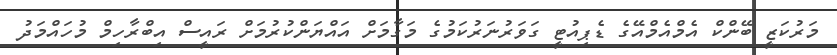
މަރުކަޒީ ބޭންކް އެމްއެމްއޭގެ ޑެޕިއުޓީ ގަވަރުނަރުކަމުގެ މަގާމަށް އައްޔަންކުރުމަށް ރައީސް އިބްރާހިމް މުހައްމަދު